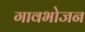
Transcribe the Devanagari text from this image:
गावभोजन